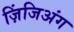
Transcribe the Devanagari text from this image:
ज़िंजिअंग